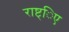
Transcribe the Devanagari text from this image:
राष्ट्िए